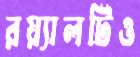
রয়্যালটিও